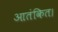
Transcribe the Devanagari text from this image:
आतंकित।